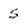
Character: s